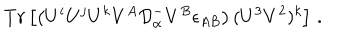
LaTeX: T r \left[ \left( U ^ { i } U ^ { j } U ^ { k } V ^ { A } { \cal D } _ { \alpha } ^ { - } V ^ { B } \epsilon _ { A B } \right) ( U ^ { 3 } V ^ { 2 } ) ^ { k } \right] \, .